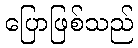
ပြောဖြစ်သည်